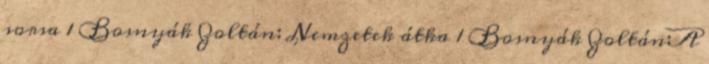
sorsa 1 Bosnyák Zoltán: Nemzetek átka 1 Bosnyák Zoltán:A